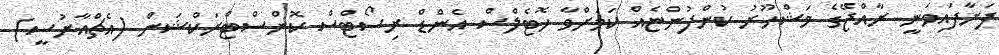
ފަށާފައިވަނީ ރާއްޖޭގެ މަޝްހޫރު ކުންފުންޏެއް ކަމަށްވާ ހޮޓެލްސް އެންޑް ރިސޯޓްސް ކޮންސްޓްރަކްޝަން (އެޗްއާރުސީ)